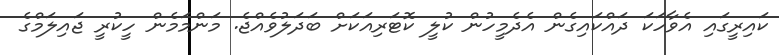
ކައިރީގައި އެވާހަކަ ދައްކައިގެން އެދެމީހުން ކުލީ ކޮޓަރިއަކަށް ބަދަލުވެއްޖެ. މަންމަމެން ހީކުރީ ޖައިލަމްގެ